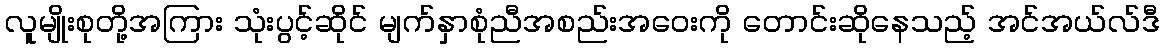
လူမျိုးစုတို့အကြား သုံးပွင့်ဆိုင် မျက်နှာစုံညီအစည်းအဝေးကို တောင်းဆိုနေသည့် အင်အယ်လ်ဒီ